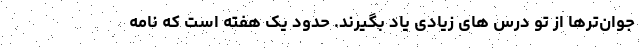
جوان‌ترها از تو درس های زیادی یاد بگیرند. حدود یک هفته است که نامه